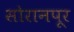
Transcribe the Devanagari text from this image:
सोरानपूर